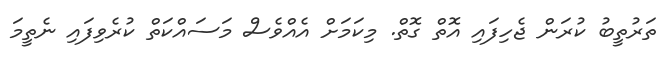
ތަރުތީބު ކުރަން ޖެހިފައި އޮތް ގޮތް. މިކަމަށް އެއްވެސް މަސައްކަތް ކުރެވިފައި ނެތީމަ